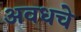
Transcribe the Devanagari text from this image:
अवधचे